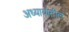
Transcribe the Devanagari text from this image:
अध्यायांतील